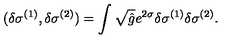
( \delta \sigma ^ { ( 1 ) } , \delta \sigma ^ { ( 2 ) } ) = \int \sqrt { \hat { g } } e ^ { 2 \sigma } \delta \sigma ^ { ( 1 ) } \delta \sigma ^ { ( 2 ) } .